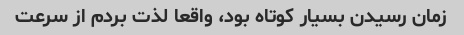
زمان رسیدن بسیار کوتاه بود، واقعا لذت بردم از سرعت